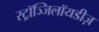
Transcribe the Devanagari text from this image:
स्ट्रॉञ्जिलॉयडीज़